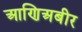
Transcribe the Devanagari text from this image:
आणिअबीर